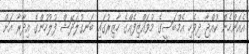
އެއަންހެން ކުއްޖާ ދިވެހި އެމްބަސީގެ މުވައްޒިފެއްގެ ހާޒިރުގައި ބަނގުލަދޭޝް ފުލުހުންގެ އިދާރާ އަށް